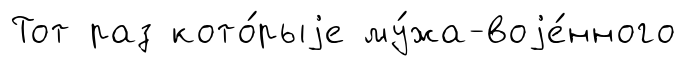
Тот раз кото́рыjе му́жа-воjе́нного